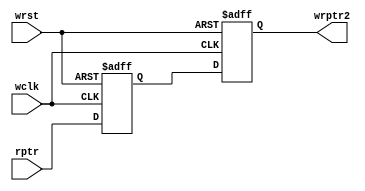
module sync_r2w #(parameter ADDRSIZE = 4)
	(
    output reg [ADDRSIZE:0] wrptr2,
	 
    input      [ADDRSIZE:0] rptr,
    input      wclk, wrst
    );

reg [ADDRSIZE:0] wrptr1;

always @(posedge wclk or posedge wrst) begin
    if (wrst) begin
        {wrptr2, wrptr1} <= 0;
    end
    else begin
        {wrptr2, wrptr1} <= {wrptr1, rptr};
    end
end

endmodule